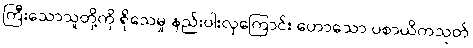
ကြီးသောသူတို့ကို ရိုသေမှု နည်းပါးလှကြောင်း ဟောသော ပစာယိကသုတ်